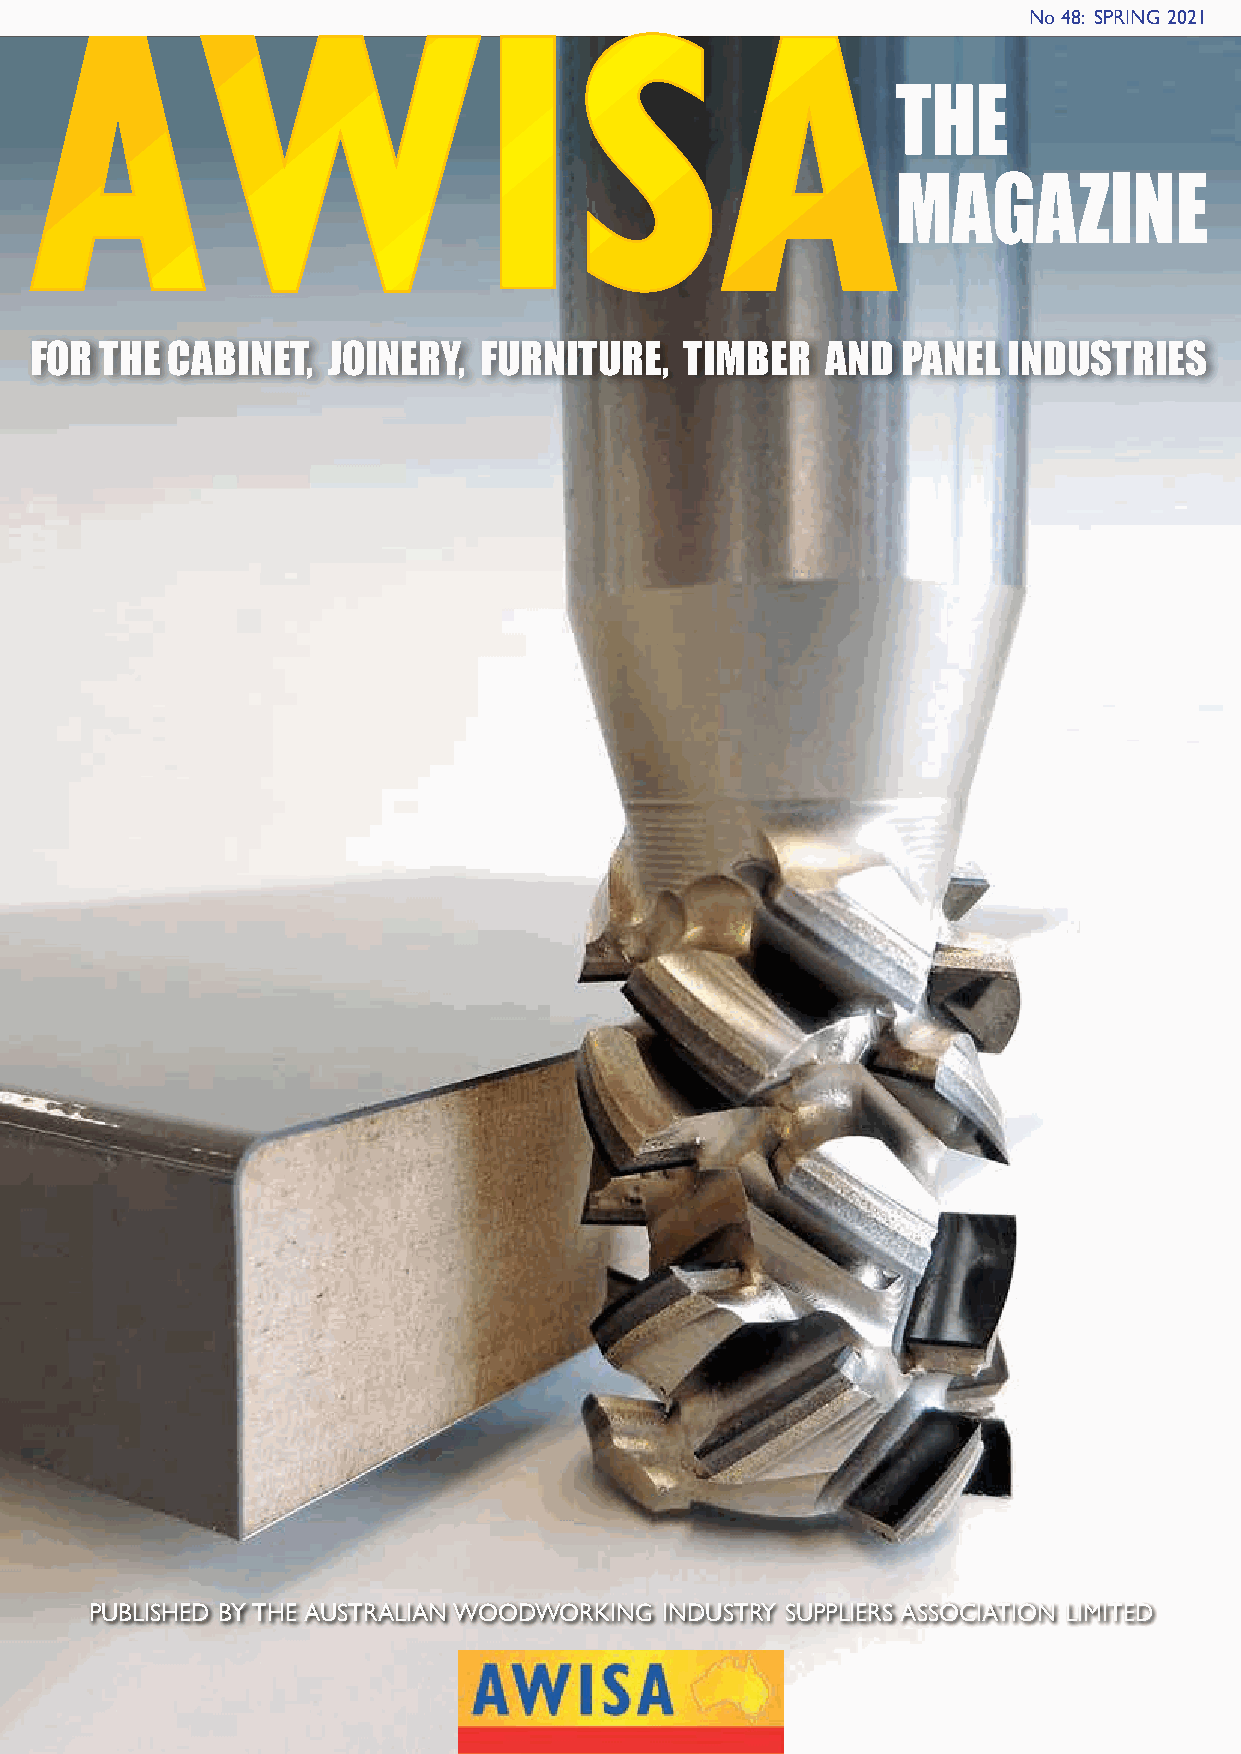
AWISA                                                             no 48: sPring 2021
 THE
 MAGAZINE
 FOR  THE CABINET,   JOINERY,  FURNITURE,   TIMBER    AND  PANEL  INDUSTRIES
 Published by the AustrAliAn WoodWorking industry suPPliers AssociAtion limited